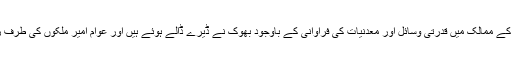
جبکہ تیسری دنیا کے ممالک میں قدرتی وسائل اور معدنیات کی فراوانی کے باوجود بھوک نے ڈیرے ڈالے ہوئے ہیں اور عوام امیر ملکوں کی طرف رخ کر رہے ہیں ۔